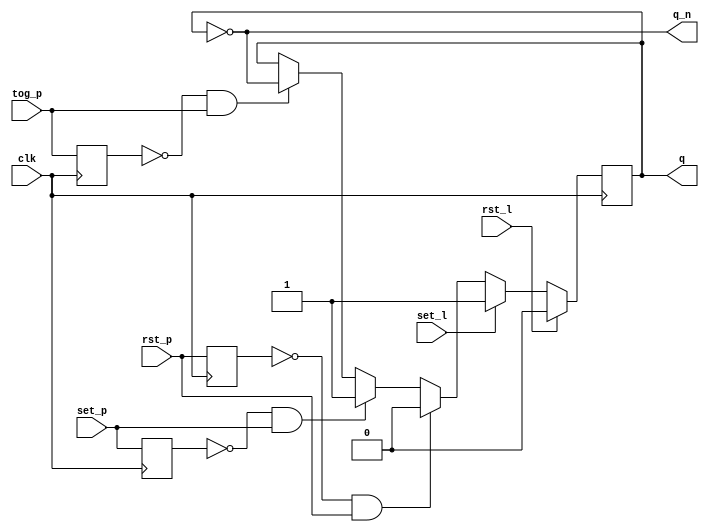
// Friden EC-130 flip-flop model
// Kyle Owen - 22 June 2022

module ff (
    input clk,
    input rst_l,
    input set_l,
    input tog_p,
    input rst_p,
    input set_p,
    output q,
    output q_n
);

reg prev_rst_p;
reg prev_set_p;
reg prev_tog_p;

reg q_int;
assign q = q_int;
assign q_n = !q_int;

// completely synchronous design to make synthesis easier
//
// this does not accurately capture the SR flip-flop nature
// of the real thing, in that both outputs will be asserted
// if both set and reset inputs are asserted, but this does
// not seem to have any ill effects in the design of the
// EC-130

always @(posedge clk) begin
    prev_rst_p <= rst_p;
    prev_set_p <= set_p;
    prev_tog_p <= tog_p;

    if (rst_l) begin
        q_int <= 1'b0;
    end
    else if (set_l) begin
        q_int <= 1'b1;
    end
    else if (!prev_rst_p && rst_p) begin
        q_int <= 1'b0;
    end
    else if (!prev_set_p && set_p) begin
        q_int <= 1'b1;
    end
    else if (!prev_tog_p && tog_p) begin
        q_int <= !q_int;
    end
end

endmodule